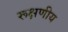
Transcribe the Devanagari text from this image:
रूक्षणीय